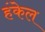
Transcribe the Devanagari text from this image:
हंकेल